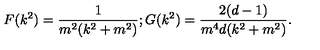
F ( k ^ { 2 } ) = \frac { 1 } { m ^ { 2 } ( k ^ { 2 } + m ^ { 2 } ) } ; G ( k ^ { 2 } ) = \frac { 2 ( d - 1 ) } { m ^ { 4 } d ( k ^ { 2 } + m ^ { 2 } ) } .